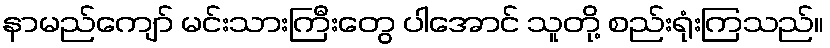
နာမည်ကျော် မင်းသားကြီးတွေ ပါအောင် သူတို့ စည်းရုံးကြသည်။